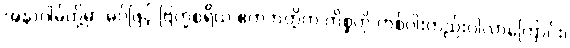
အနာဂါမ်တို့မှာ မဂ်ဖြင့် ဗြဟ္မစရိယ ဧကဘတ္တိက ကိစ္စတို ကစ်ပါးတည်းပါလာကြောင်း၊